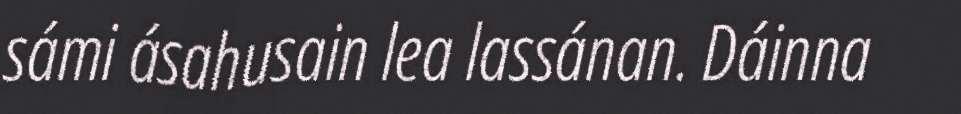
sámi ásahusain lea lassánan. Dáinna